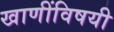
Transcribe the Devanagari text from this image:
खाणींविषयी